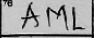
Transcription: AML